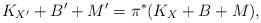
LaTeX: \begin{align*}K_{X'}+B'+M'=\pi^*(K_X+B+M), \end{align*}